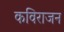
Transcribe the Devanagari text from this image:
कविराजन